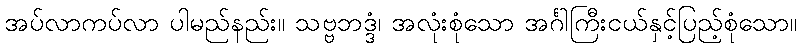
အပ်လာကပ်လာ ပါမည်နည်း။ သဗ္ဗဘဒ္ဒံ၊ အလုံးစုံသော အင်္ဂါကြီးငယ်နှင့်ပြည့်စုံသော။